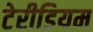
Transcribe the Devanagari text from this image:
टेरीडियम